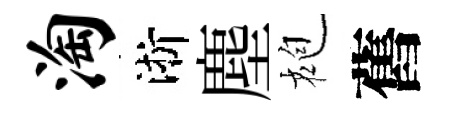
淘淅塵袍舊